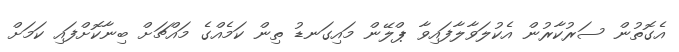
އެގޮތުން ސަރުކާރުން އެކުލަވާލާފައިވާ ޕްލޭން މައިގަނޑު ތިން ކަމެއްގެ މައްޗަށް ބިނާކޮށްފައި ކަމަށް